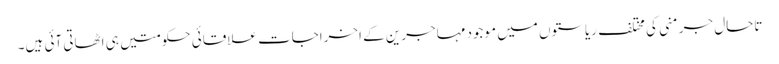
تاحال جرمنی کی مختلف ریاستوں میں موجود مہاجرین کے اخراجات علاقائی حکومتیں ہی اٹھاتی آئی ہیں۔